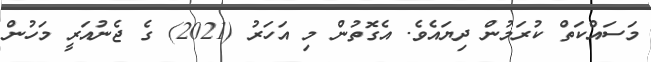
މަސައްކަތް ކުރަމުން ދިޔައެވެ. އެގޮތުން މި އަހަރު (2021) ގެ ޖެނުއަރީ މަހުން